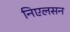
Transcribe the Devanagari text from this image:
निएलसन